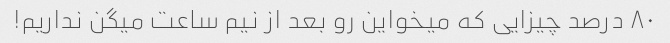
۸۰ درصد چیزایی که میخواین رو بعد از نیم ساعت میگن نداریم!